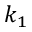
k _ { 1 }